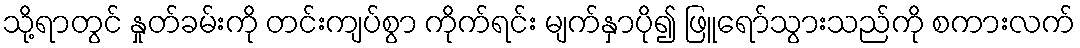
သို့ရာတွင် နှုတ်ခမ်းကို တင်းကျပ်စွာ ကိုက်ရင်း မျက်နှာပို၍ ဖြူရော်သွားသည်ကို စကားလက်